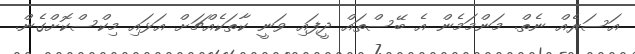
އަސަރެއް ނެތް. މަންމަމެން އެ ބޭސްތައް ދީފައި ވަނީ ކާތަކެއްޗަށް އަޅައި މިކްސްކޮށްގެން.